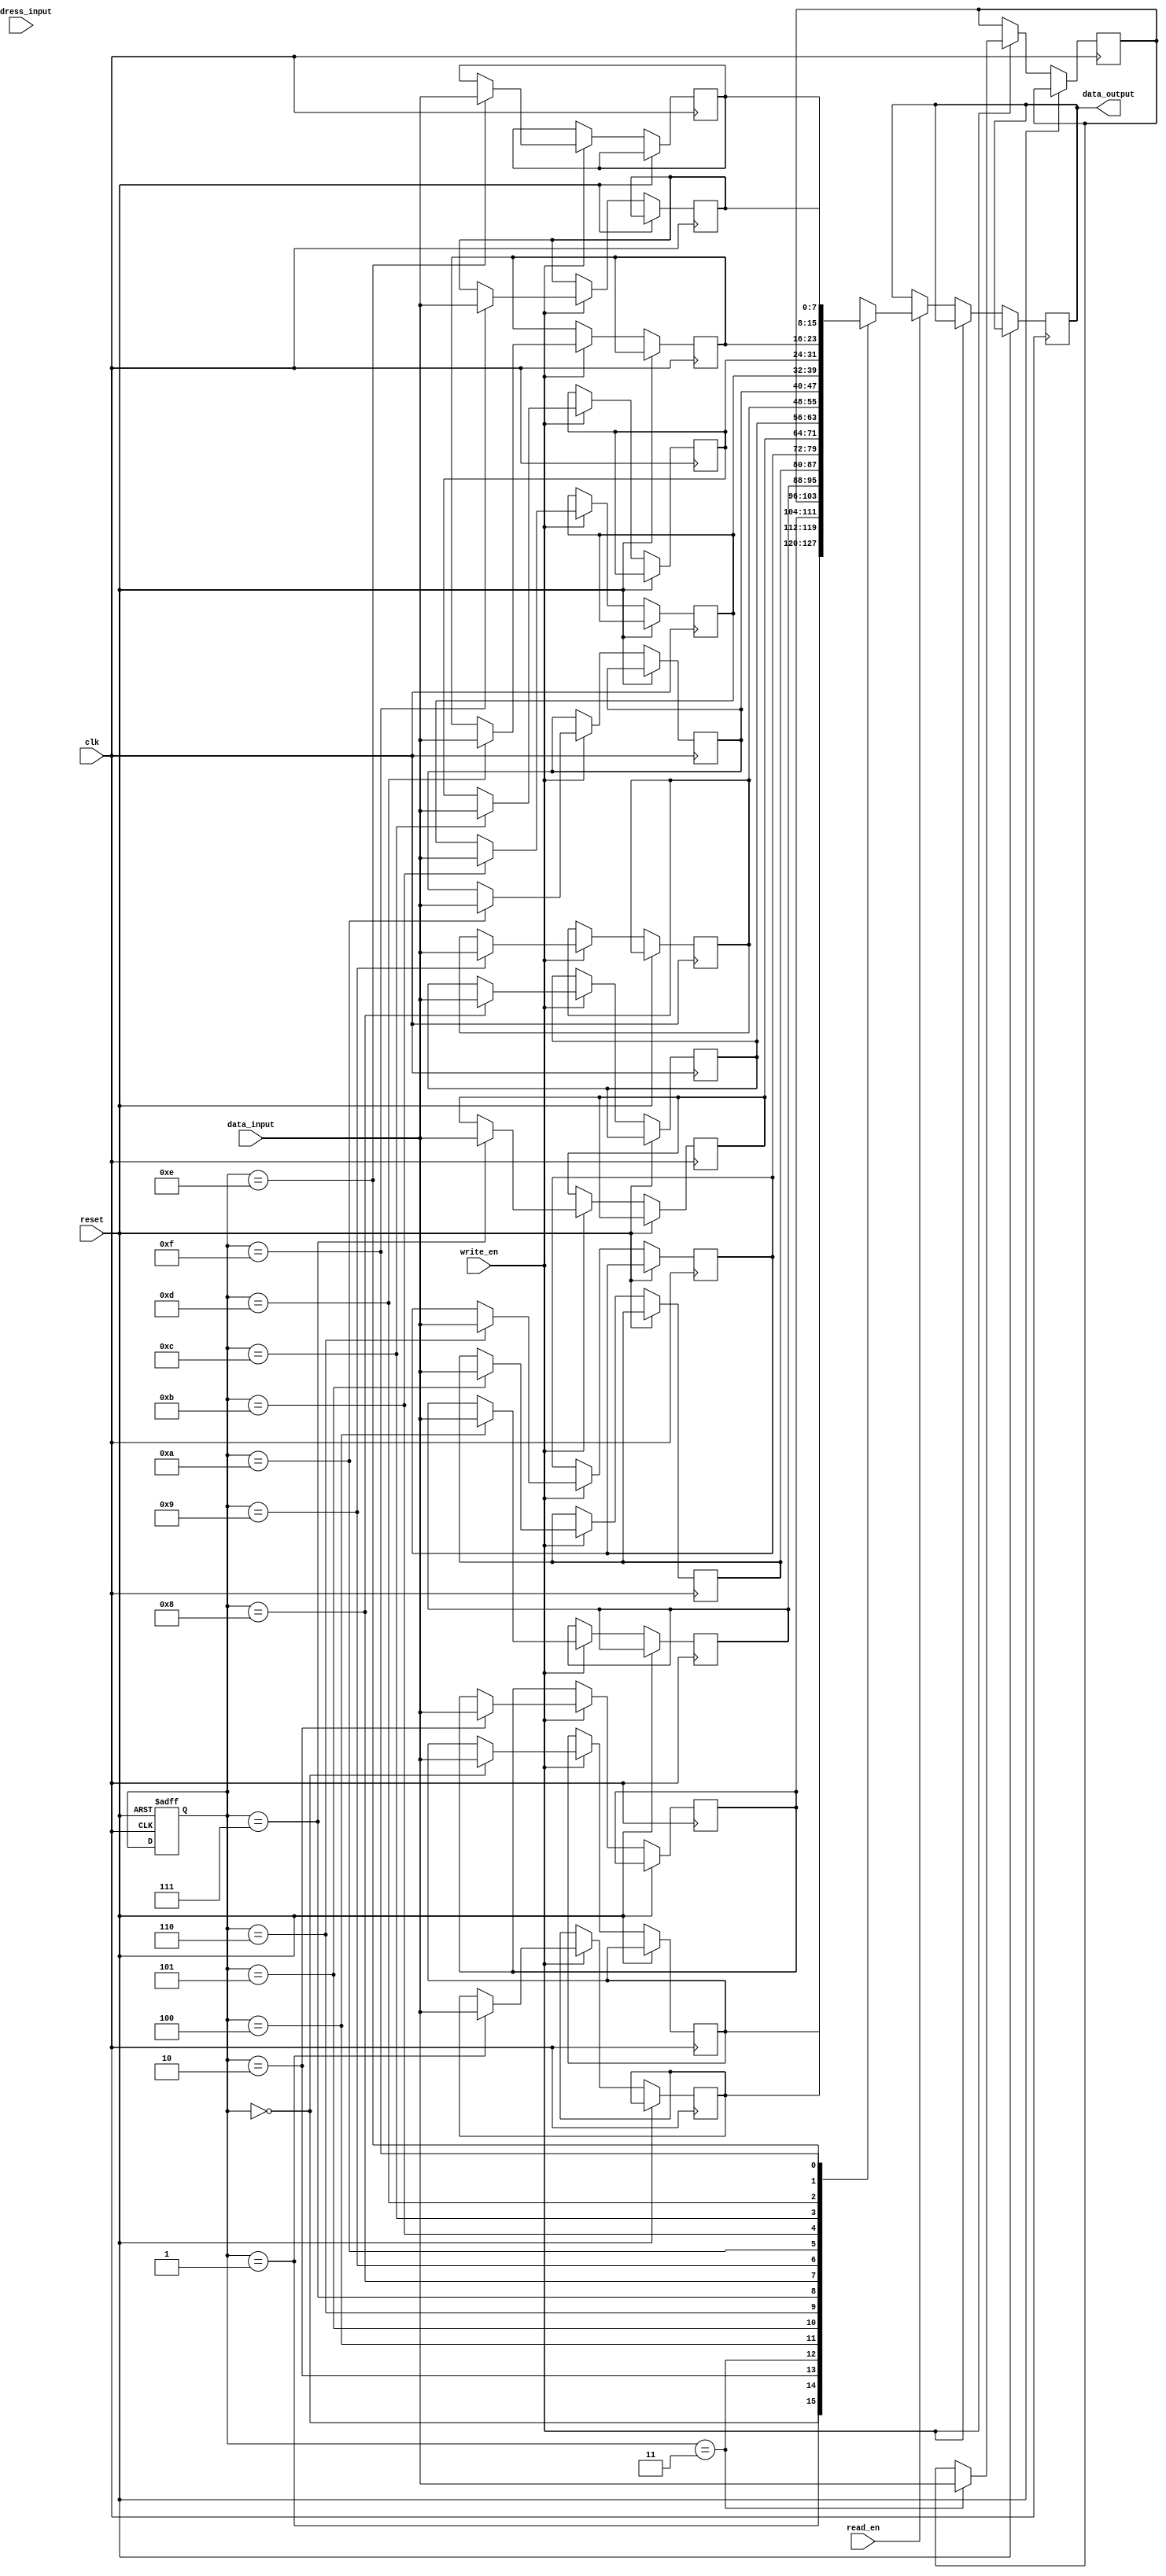
module eeprom (
    input wire clk,
    input wire reset,
    input wire write_en,
    input wire read_en,
    input wire [7:0] data_input,
    input wire [3:0] address_input,
    output reg [7:0] data_output
);

reg [7:0] memory [15:0];
reg [7:0] data_reg;
reg [3:0] address_reg;

always @(posedge clk or posedge reset) begin
    if (reset) begin
        data_reg <= 8'b0;
        address_reg <= 4'b0;
    end else if (write_en) begin
        memory[address_reg] <= data_input;
    end else if (read_en) begin
        data_output <= memory[address_reg];
    end
end

endmodule